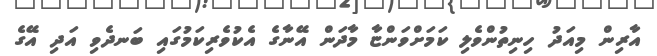
އާރިން މިއަދު ހިނިތުންވެލި ކަމަށްވަންޏާ މާދަން އޭނާގެ އެކުވެރިކަމުގައި ބަނދެވި އަދި އޭގެ